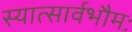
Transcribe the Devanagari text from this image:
स्यात्सार्वभौमः